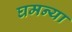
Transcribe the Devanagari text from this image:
घमन्या